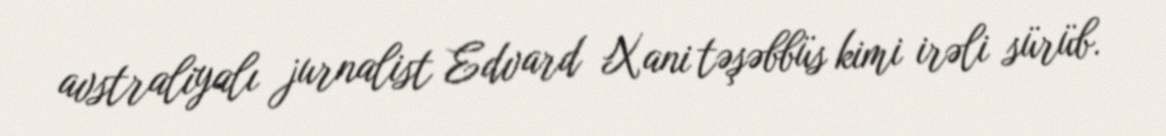
avstraliyalı jurnalist Edvard Xani təşəbbüs kimi irəli sürüb.